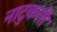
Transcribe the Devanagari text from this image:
नाटुकली